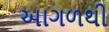
આગળથી